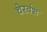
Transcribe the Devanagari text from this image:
चेरवंश